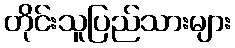
တိုင်းသူပြည်သားများ